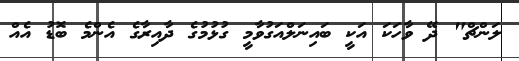
ލަންޗް" ދޭ ވާހަކަ އަކީ ބައިނަލްއަގުވާމީ ގުޅުމުގެ ދާއިރާގެ އެންމެ ބޮޑު އެއް